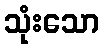
သုံးသော